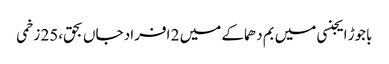
باجوڑ ایجنسی میں بم دھماکے میں 2 افراد جاں بحق،25 زخمی